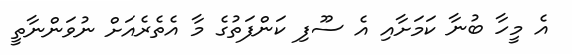
އެ މީހާ ބުނާ ކަމަށާއި އެ ސޫފި ކަންފަތުގެ މާ އެތެރެއަށް ނުވަންނާތީ